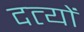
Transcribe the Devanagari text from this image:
दत्यों